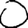
Digit: 0